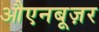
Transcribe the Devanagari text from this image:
औएनबूज़र